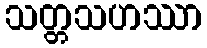
သတ္တသဟဿာ